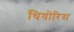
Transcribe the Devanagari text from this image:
थियोरिस